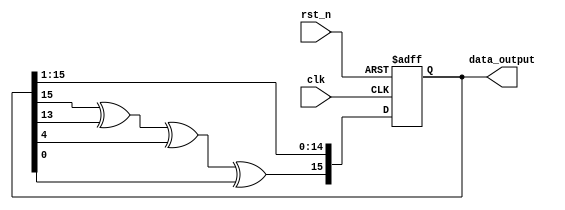
module LFSR(
input               clk           , //semnal de ceas
input               rst_n         , //reset asincorn
output reg[15:0]    data_output     //iesire lfsr

);

always @(posedge clk or negedge rst_n )
if (~ rst_n )  data_output <= 16'b0000_0000_0000_0001; else
               data_output <= {data_output[15] ^ data_output[13] ^ data_output[4] ^ data_output[0] , data_output[15:1]};

endmodule